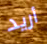
أريد